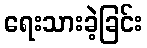
ရေးသားခဲ့ခြင်း